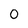
Character: 0